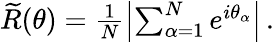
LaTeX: \begin{array}{r}{\widetilde{R}(\theta)=\frac{1}{N}\left|\sum_{\alpha=1}^{N}e^{i\theta_{\alpha}}\right|\, .}\end{array}